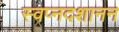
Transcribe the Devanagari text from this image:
स्वप्नदशानन